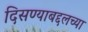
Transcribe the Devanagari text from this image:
दिसण्याबद्दलच्या